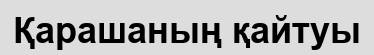
Қарашаның қайтуы